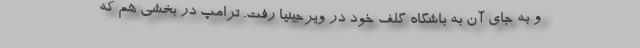
و به جای آن به باشگاه گلف خود در ویرجینیا رفت. ترامپ در بخشی هم که